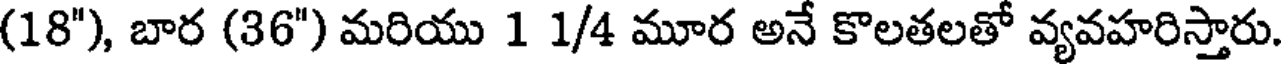
(18"), బార (36") మరియు 1 1/4 మూర అనే కొలతలతో వ్యవహరిస్తారు.